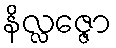
နိလ္လဇ္ဇော